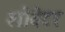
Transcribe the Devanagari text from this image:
शोवेटर